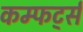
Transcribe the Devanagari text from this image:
कम्फर्ट्स